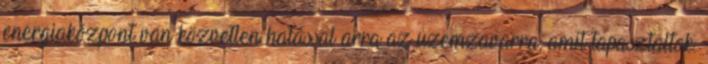
energiaközpont van közvetlen hatással arra az üzemzavarra, amit tapasztaltok.